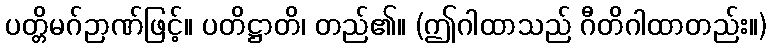
ပတ္တိမဂ်ဉာဏ်ဖြင့်။ ပတိဋ္ဌာတိ၊ တည်၏။ (ဤဂါထာသည် ဂီတိဂါထာတည်း။)